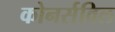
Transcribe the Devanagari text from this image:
कोनर्सविल